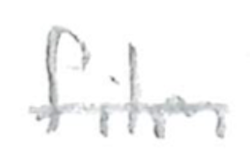
Text: film
Cross-out: single-line
Writing tool: pencil